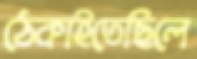
ঠেকাইতেছিলে